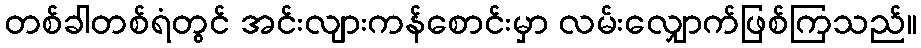
တစ်ခါတစ်ရံတွင် အင်းလျားကန်စောင်းမှာ လမ်းလျှောက်ဖြစ်ကြသည်။